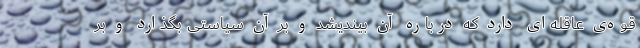
قوه‌ی عاقله‌ای دارد که درباره آن بیندیشد و بر آن سیاستی بگذارد و بر